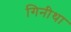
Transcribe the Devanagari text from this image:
गिनीथा